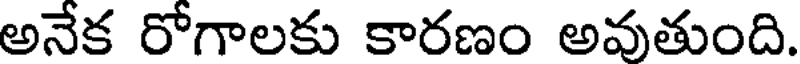
అనేక రోగాలకు కారణం అవుతుంది.